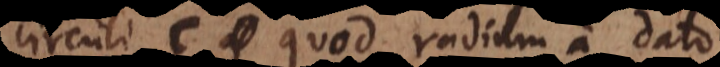
circuli C quod radium a dato